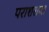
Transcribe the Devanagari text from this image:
पराशराचा